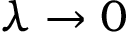
\lambda \to 0